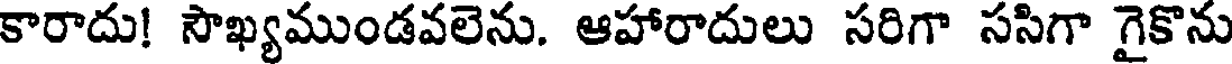
కారాదు! సౌఖ్యముండవలెను. ఆహారాదులు సరిగా ససిగా గైకొను